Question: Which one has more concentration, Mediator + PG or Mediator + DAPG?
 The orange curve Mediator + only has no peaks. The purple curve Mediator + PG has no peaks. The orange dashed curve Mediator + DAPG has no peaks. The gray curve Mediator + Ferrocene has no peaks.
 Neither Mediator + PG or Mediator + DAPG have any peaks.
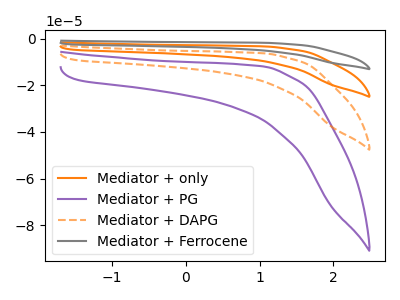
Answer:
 <answer>I cant tell if "Mediator + PG" or "Mediator + DAPG" has higher concentration.</answer>
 <eval>mixed_concentration</eval>